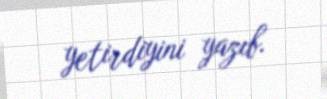
yetirdiyini yazıb.